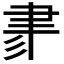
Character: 𦘔